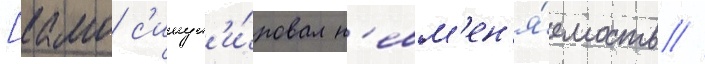
[камо с'имул'и́ровал н'евм'ен'я́емость //